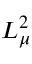
L _ { \mu } ^ { 2 }